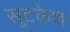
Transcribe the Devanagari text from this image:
सूटकेश